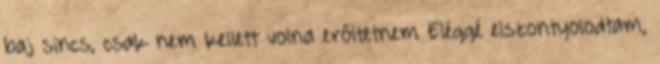
baj sincs, csak nem kellett volna erőltetnem Eléggé elszontyolodtam,